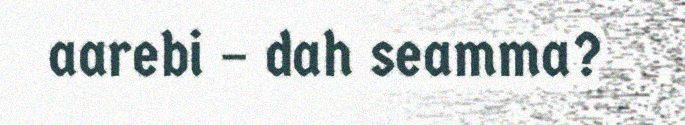
aarebi – dah seamma?